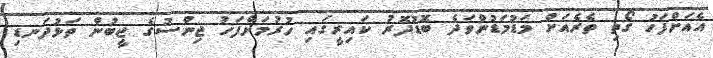
އެއަށްފަހު ގޯތި ތެރެއަށް މަޑުމަޑުންވަދެ ބޮޑުދޮރު ކައިރީގައި ހުރުމަށްފަހު ޖިންސުގެ ޖީބުން ތަޅުދަނޑި